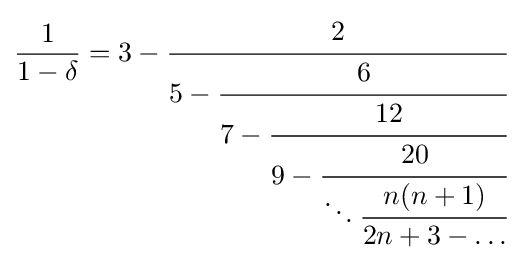
{\frac {1}{1-\delta }}=3-{\cfrac {2}{5-{\cfrac {6}{7-{\cfrac {12}{9-{\cfrac {20}{\ddots {\cfrac {n(n+1)}{2n+3-\dots }}}}}}}}}}